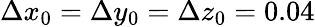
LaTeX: \Delta x_{0}=\Delta y_{0}=\Delta z_{0}=0.04